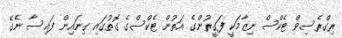
ރިގްރެސިވް ޓެކްސް ނިޒާމަކީ ފަގީރުންގެ އަތުން ޓެކްސްގެ ގޮތުގައި ގިނައިން ފައިސާ ނެގޭ